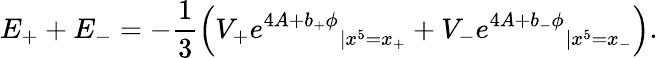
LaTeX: E_{+}+E_{-}=-\frac{1}{3}\left({V_{+}e^{4A+b_{+}\phi}}_{|x^{5}=x_{+}}+{V_{-}e^{4A+b_{-}\phi}}_{|x^{5}=x_{-}}\right).